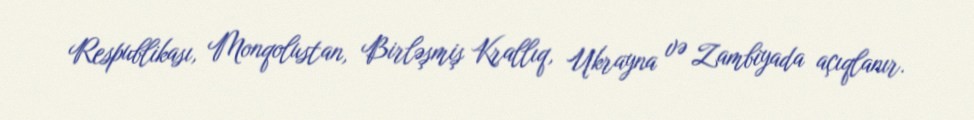
Respublikası, Monqolustan, Birləşmiş Krallıq, Ukrayna və Zambiyada açıqlanır.